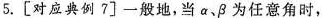
5.[对应典例7]一般地，当α、β为任意角时，